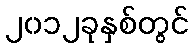
၂၀၁၂ခုနှစ်တွင်